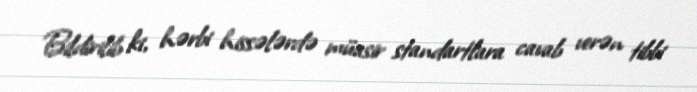
Bildirilib ki, hərbi hissələrdə müasir standartlara cavab verən tibbi